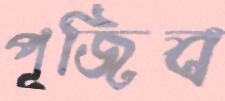
পূজিব